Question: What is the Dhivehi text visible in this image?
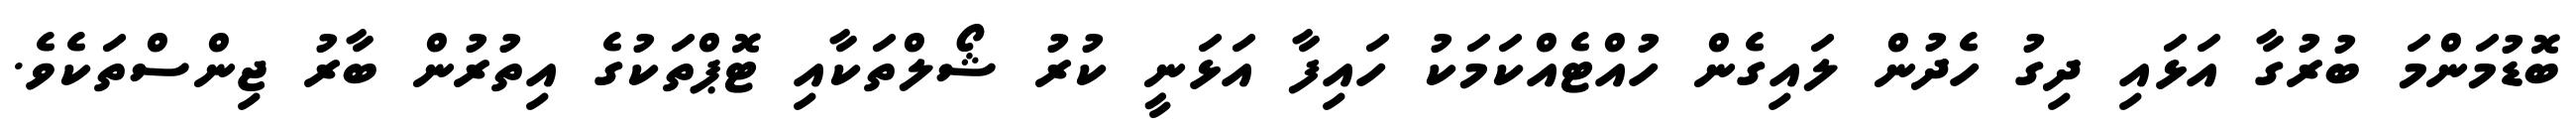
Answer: ބޮޑުމަންމަ ބުރުގާ އަޅައި ދިގު ހެދުން ލައިގެން ހުއްޓެއްކަމަކު ހައިފާ އަޅަނީ ކުރު ޝޯލްތަކާއި ޓޮޕްތަކުގެ އިތުރުން ބާރު ޖިންސްތަކެވެ.